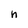
Character: h